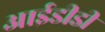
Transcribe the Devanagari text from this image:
आईडीडी